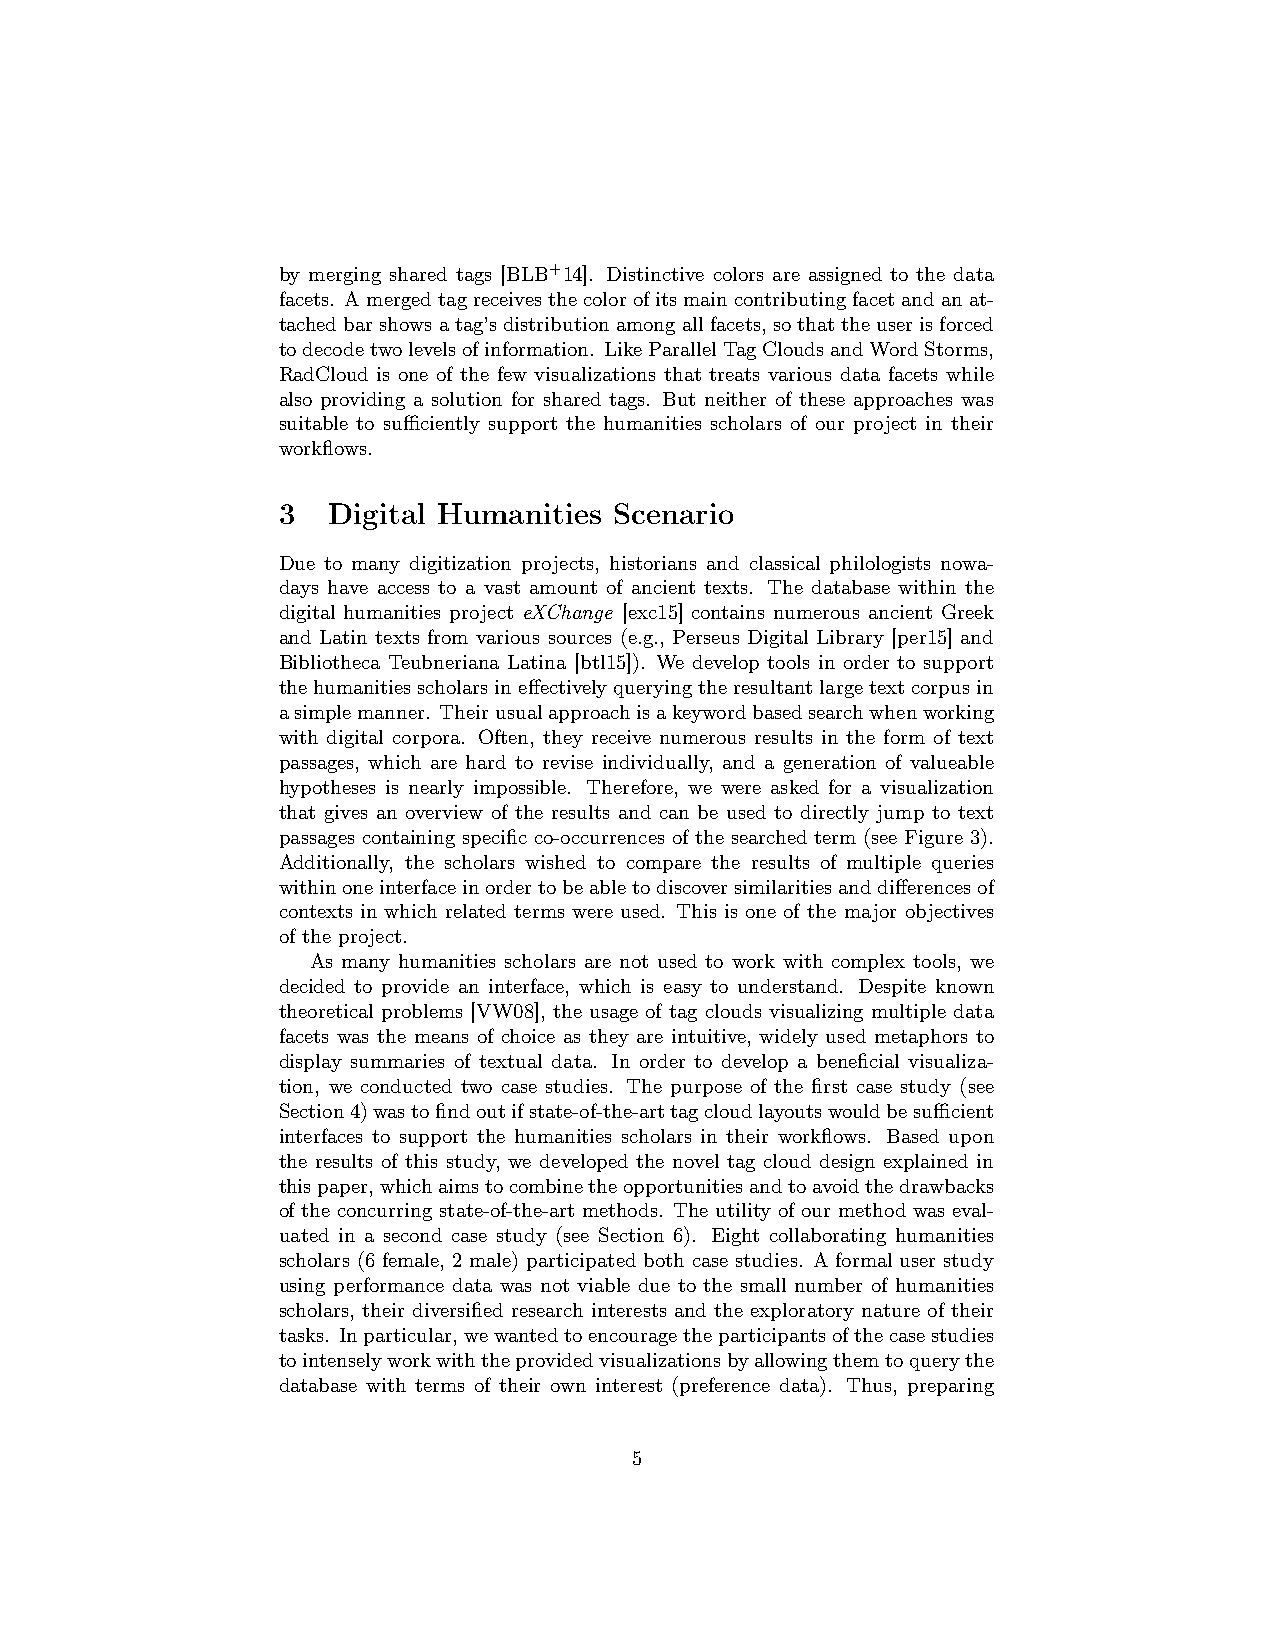
by merging shared tags [BLB+14]. Distinctive colors are assigned to the data
 facets. Amergedtagreceivesthecolorofitsmaincontributingfacetandanat-
 tachedbarshowsatag’sdistributionamongallfacets,sothattheuserisforced
 todecodetwolevelsofinformation. LikeParallelTagCloudsandWordStorms,
 RadCloud is one of the few visualizations that treats various data facets while
 also providing a solution for shared tags. But neither of these approaches was
 suitable to sufficiently support the humanities scholars of our project in their
 workflows.
 3   Digital Humanities Scenario
 Due to many digitization projects, historians and classical philologists nowa-
 days have access to a vast amount of ancient texts. The database within the
 digital humanities project eXChange [exc15] contains numerous ancient Greek
 and Latin texts from various sources (e.g., Perseus Digital Library [per15] and
 Bibliotheca Teubneriana Latina [btl15]). We develop tools in order to support
 thehumanitiesscholarsineffectivelyqueryingtheresultantlargetextcorpusin
 asimplemanner. Theirusualapproachisakeywordbasedsearchwhenworking
 with digital corpora. Often, they receive numerous results in the form of text
 passages, which are hard to revise individually, and a generation of valueable
 hypotheses is nearly impossible. Therefore, we were asked for a visualization
 that gives an overview of the results and can be used to directly jump to text
 passages containing specific co-occurrences of the searched term (see Figure 3).
 Additionally, the scholars wished to compare the results of multiple queries
 withinoneinterfaceinordertobeabletodiscoversimilaritiesanddifferencesof
 contexts in which related terms were used. This is one of the major objectives
 of the project.
 As many humanities scholars are not used to work with complex tools, we
 decided to provide an interface, which is easy to understand. Despite known
 theoretical problems [VW08], the usage of tag clouds visualizing multiple data
 facets was the means of choice as they are intuitive, widely used metaphors to
 display summaries of textual data. In order to develop a beneficial visualiza-
 tion, we conducted two case studies. The purpose of the first case study (see
 Section4)wastofindoutifstate-of-the-arttagcloudlayoutswouldbesufficient
 interfaces to support the humanities scholars in their workflows. Based upon
 the results of this study, we developed the novel tag cloud design explained in
 thispaper,whichaimstocombinetheopportunitiesandtoavoidthedrawbacks
 of the concurring state-of-the-art methods. The utility of our method was eval-
 uated in a second case study (see Section 6). Eight collaborating humanities
 scholars (6 female, 2 male) participated both case studies. A formal user study
 using performance data was not viable due to the small number of humanities
 scholars, their diversified research interests and the exploratory nature of their
 tasks. Inparticular,wewantedtoencouragetheparticipantsofthecasestudies
 tointenselyworkwiththeprovidedvisualizationsbyallowingthemtoquerythe
 database with terms of their own interest (preference data). Thus, preparing
 5